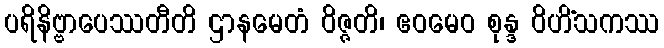
ပရိနိဗ္ဗာပေဿတီတိ ဌာနမေတံ ဝိဇ္ဇတိ၊ ဧဝမေဝ စုန္ဒ ဝိဟိံသကဿ